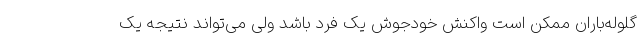
گلوله‌باران ممکن است واکنش خودجوش یک فرد باشد ولی می‌تواند نتیجه یک